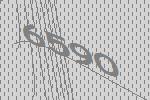
6590